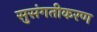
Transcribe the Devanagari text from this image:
सुसंगतीकरण